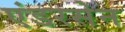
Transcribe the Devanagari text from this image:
एंडरसेन